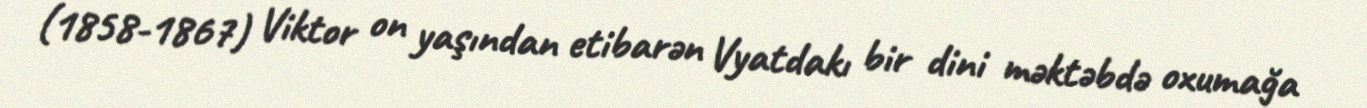
(1858-1867) Viktor on yaşından etibarən Vyatdakı bir dini məktəbdə oxumağa